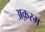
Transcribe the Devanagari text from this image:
अक़रम